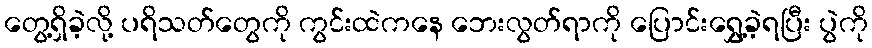
တွေ့ရှိခဲ့လို့ ပရိသတ်တွေကို ကွင်းထဲကနေ ဘေးလွတ်ရာကို ပြောင်းရွှေ့ခဲ့ရပြီး ပွဲကို